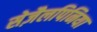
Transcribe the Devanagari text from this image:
सेज़ैलपिनिया